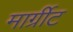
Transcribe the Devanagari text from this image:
मार्ग्रीट